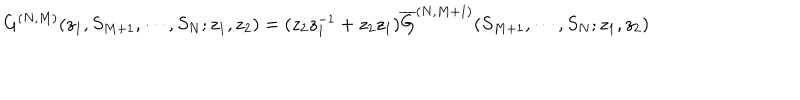
G ^ { ( N , M ) } ( z _ { 1 } , S _ { M + 1 } , \cdots , S _ { N } ; z _ { 1 } , z _ { 2 } ) = ( z _ { 2 } z _ { 1 } ^ { - 1 } + z _ { 2 } z _ { 1 } ) { \overline { { G } } } ^ { ( N , M + 1 ) } ( S _ { M + 1 } , \cdots , S _ { N } ; z _ { 1 } , z _ { 2 } )